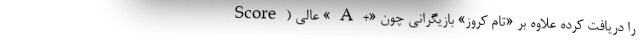
Score) عالی «A+» را دریافت کرده علاوه بر «تام کروز» بازیگرانی چون